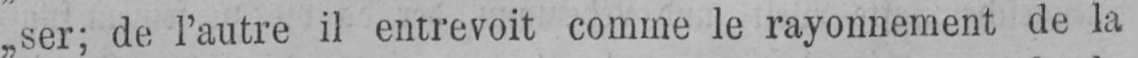
„ser; de l’autre il entrevoit comme le rayonnement de la